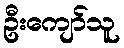
ဦးကျော်သူ